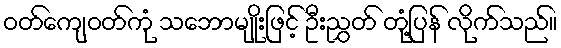
ဝတ်ကျေဝတ်ကုံ သဘောမျိုးဖြင့် ဦးညွှတ် တုံ့ပြန် လိုက်သည်။